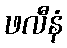
ဖလီနံ